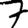
Digit: 7